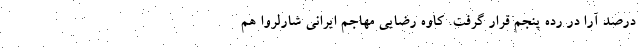
درصد آرا در رده پنجم قرار گرفت. کاوه رضایی مهاجم ایرانی شارلروا هم